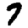
Digit: 7